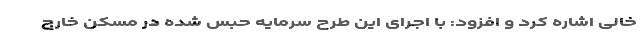
خالی اشاره کرد و افزود: با اجرای این طرح سرمایه حبس شده در مسکن خارج